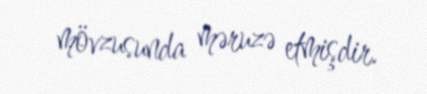
mövzusunda məruzə etmişdir.